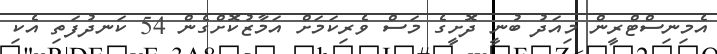
އެމިނިސްޓްރީން މިއަދު ބުނީ ދޮށީގެ މަސް ވެރިކަމަށް އަމާޒުކޮށްގެން 54 ކަނދުފަތި އެކި